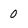
Character: 0